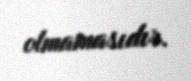
olmamasıdır.